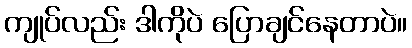
ကျုပ်လည်း ဒါကိုပဲ ပြောချင်နေတာပဲ။